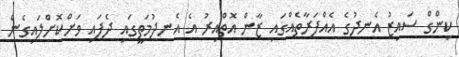
ކިންގް ސައިޒު އެނދުގެ އެއްފަރާތެއްގައި ޒާން އޮތްއިރު އެ އެނދުމަތީގައި ދެފައި ވަށްކޮށްލައިގެން